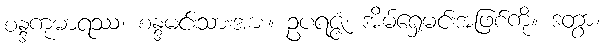
စန္ဒကုမာရဿ၊ စန္ဒမင်းသားအား။ ဥပရဇ္ဇံ၊ အိမ်ရှေ့မင်းအဖြစ်ကို။ ဒတွာ၊